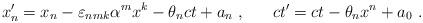
LaTeX: \begin{align*} x_n' = x_n - \varepsilon_{nmk} \alpha^m x^k - \theta_n ct + a_n~, ~~~~~ ct' = ct - \theta_nx^n + a_0 ~.\end{align*}